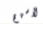
الاسهم